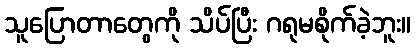
သူပြောတာတွေကို သိပ်ပြီး ဂရုမစိုက်ခဲ့ဘူး။